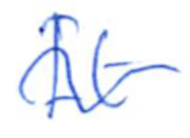
Text: It
Cross-out: wave
Writing tool: ballpoint